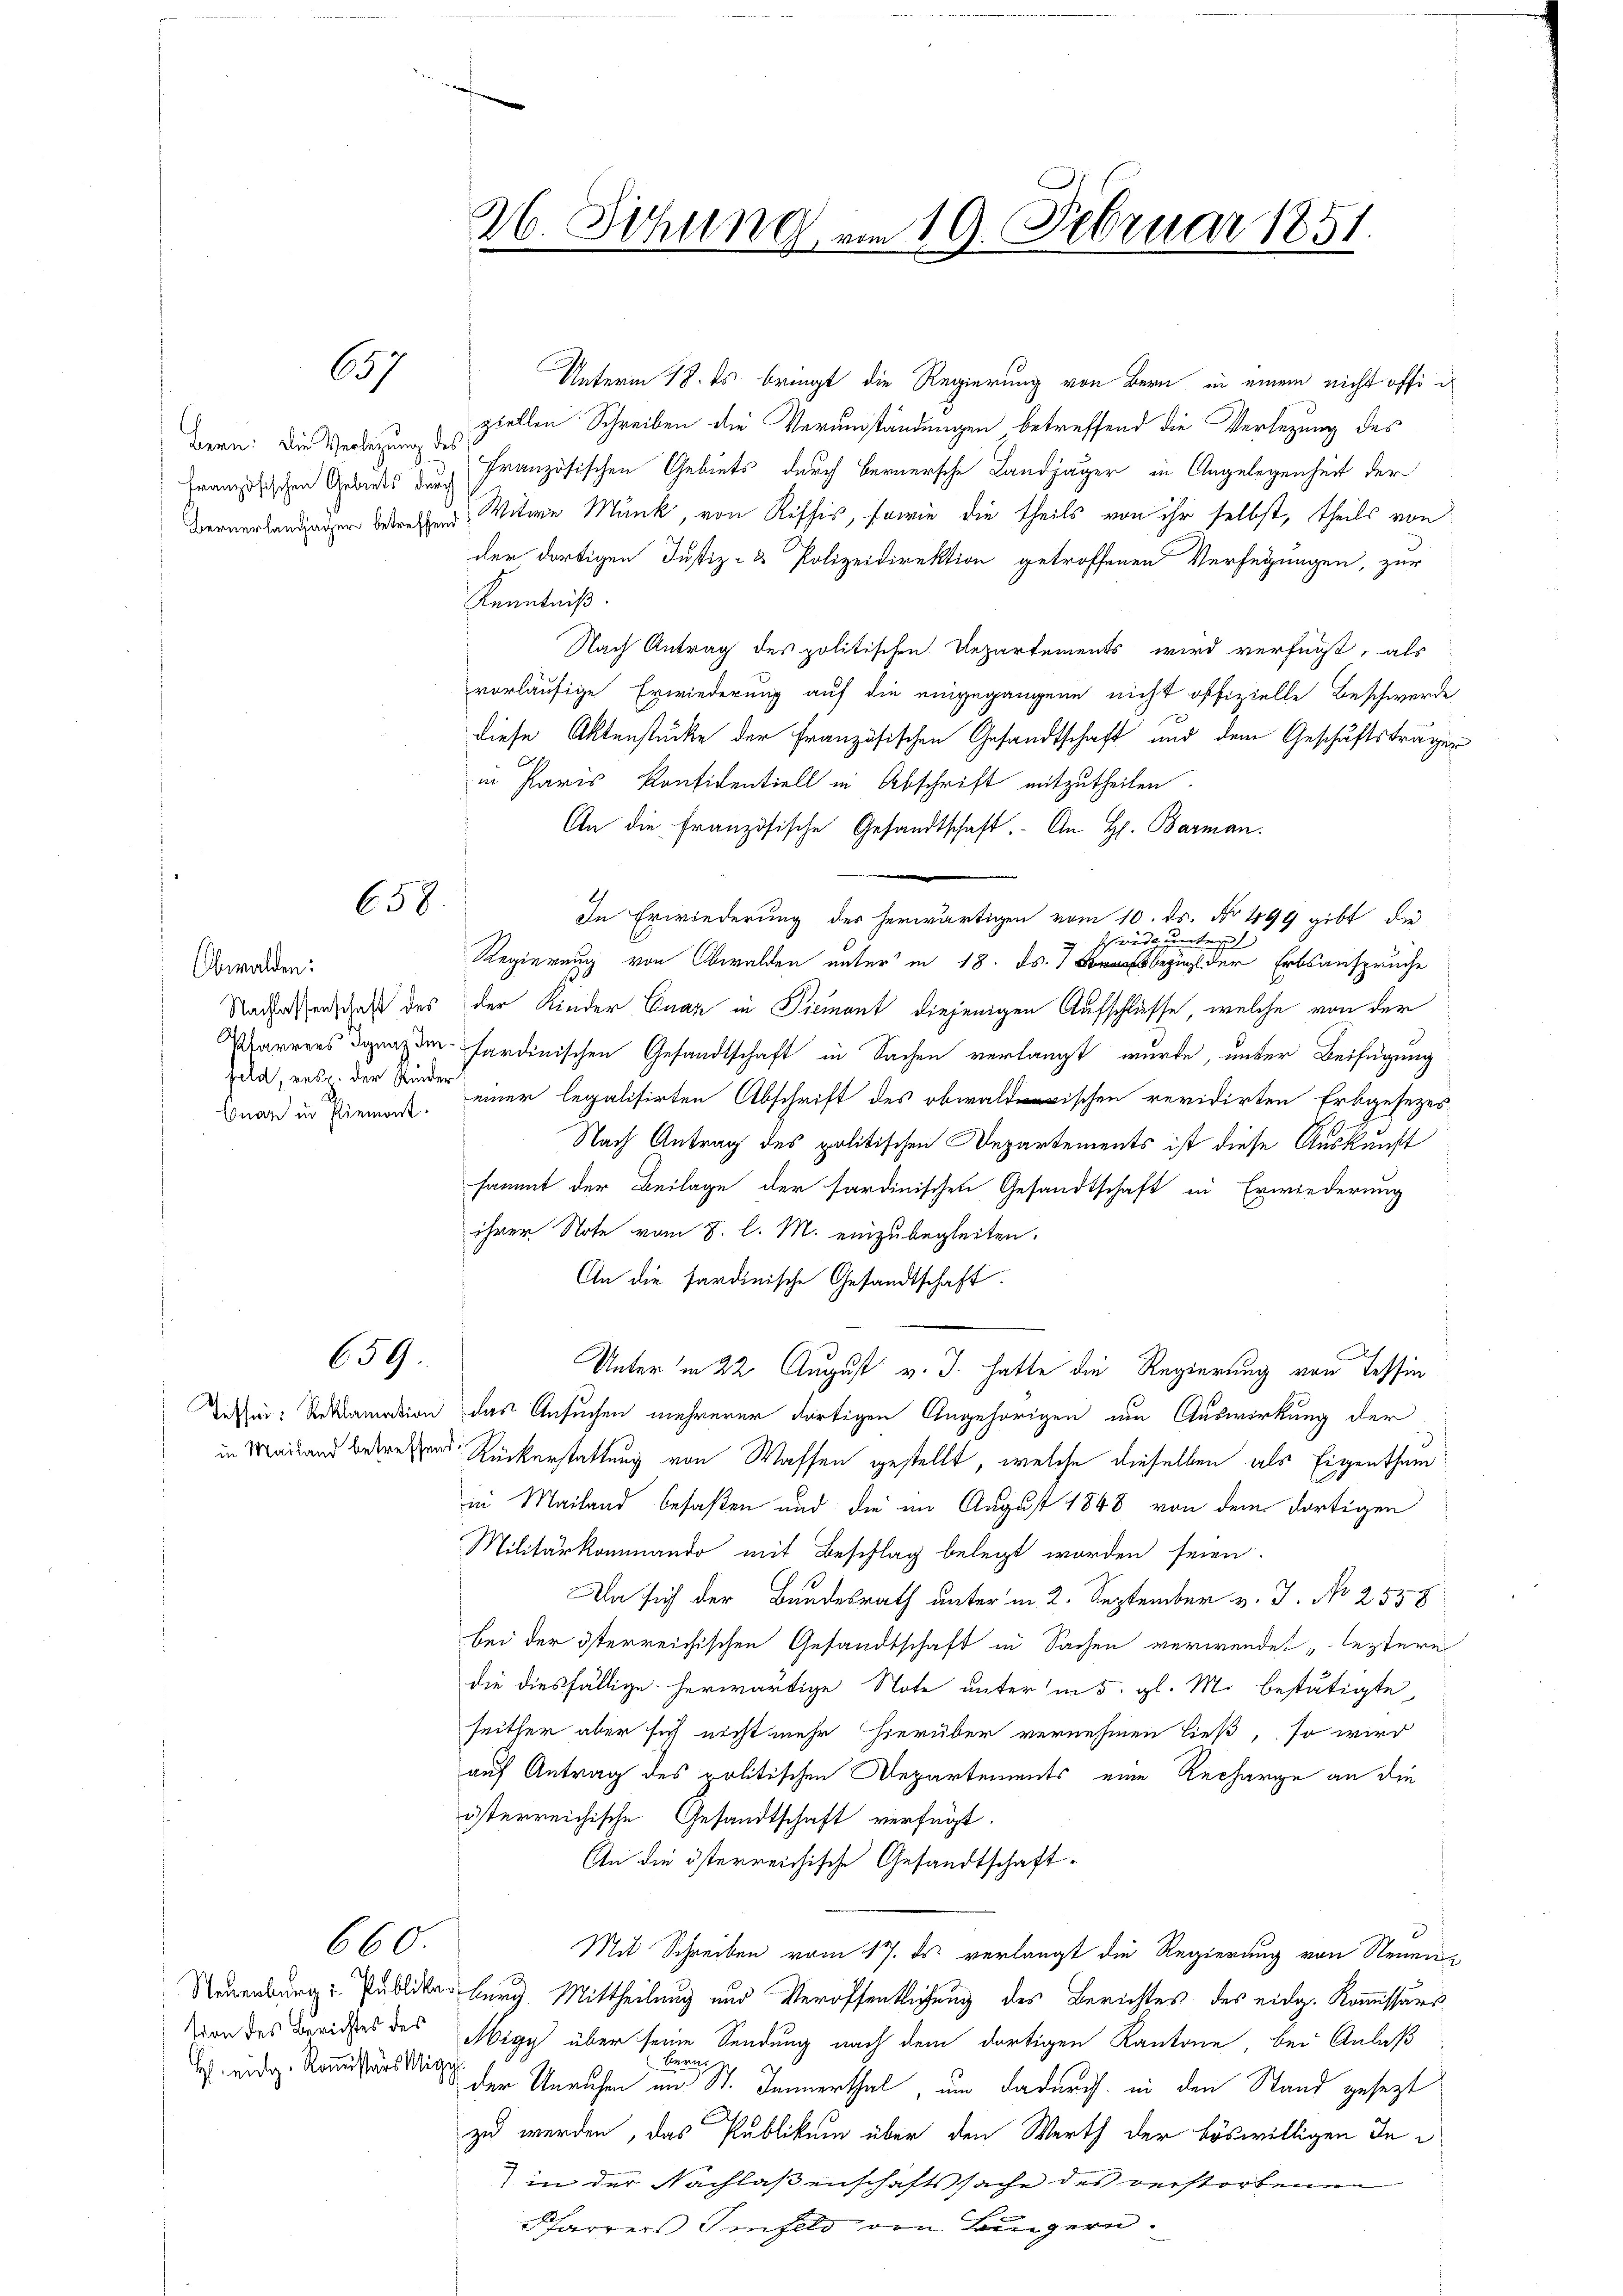
657

Bern: Die Verlegung des

658.

Obwalden:
Conar in Piemont.

659.

H eidg. Kommissärs klige

660.

Unterm 18. ds. bringt die Regierung von Bern in einem nicht offiziellen Schreiben die Verumständungen betreffend die Verlegung des
französischen Gebiets der Französischen Gebiets durch bernersche Landjäger in Angelegenheit der
Bernerlangegen betretung Witwe Munk, von Riffis, sowie die theils von ihr selbst, theils von
der dortigen Justiz- & Polizeidirektion getroffenen Verfügungen, zur
Kenntniß.
Nach Antrag des politischen Departements wird verfügt, als
vorläufige Erwiederung auf die eingegangene nicht offizielle Beschwerde
diese Aktenstücke der französischen Gesandtschaft und dem Geschäftsträger
in Paris Konfidentiell in Abschrift mitzutheilen.
An die Französische Gesandtschaft. An H. Barman
In Erwiederung des herwärtigen vom 10. ds. No 499 gibt die
Ich werde unte
)
Regierung von Obwalden unter in 18. ds. bezug der Erbsanspruche
Nachassenschaft des der Kinder Enaz in Tiement diejenigen Aufschlüsse, welche von der
Karrers Ignazde-sardinischen Gesandtschaft in Sachen verlangt wurde, unter Beifügung
dia, ausg. der Kinder einer legalisirten Abschrift des bischen revidirten Erbgesezes
Nach Antrag des politischen Departements ist diese Auskunft
sammt der Beilage der sardinischen Gesandtschaft in Erwiederung
ihrer Note vom 8. l. M. einzubegleiten.
An die Sardinische Gesandtschaft.
Unter in 22 August v. J. hatte die Regierung von Tessin
Dessen: Vertramation das Ansuchen mehrerer dortigen Angehörigen um Auswirkung der
in Mailand betreffende Rückerstattung von Waffen gestellt, welche dieselben als Eigenthum
in Mailand besaßen und die im August 1848 von dem dortigen
Militärkommando mit Beschlag belegt worden seien.
Da sich der Bundesrath unter in 2. September v. J. No 283 f
bei der österreichischen Gesandtschaft in Sachen verwendet leztere
die diesfällige herwärtige Note unter in 5. gl. M. bestätigte
seither aber sich nicht mehr hierüber vernehmen ließ, so wird
auf Antrag des politischen Departements eine Recharge an die
österreichische Gesandtschaft verfügt:
An die österreichische Gesandtschaft-
Mit Schreiben vom 17. ds. verlangt die Regierung von Neuen
Neuenburg Publikarburg Mittheilung und Veröffentlichung des Berichtes des eidg. Kommissärs
Von des Berichtes des Migy über seine Sendung nach dem dortigen Kantone, bei Anlaß
Bar
der Unruhen im St. Jennerthal, um dadurch in den Stand gesezt
zu werden, das Publikum über den Werth der böswilligen In
) in der Nachlaßenschaftssache des verstorbenen
Pfarrers Jinfeld von Bürgern.

26. Sitzung am 19. Februar 1851.